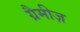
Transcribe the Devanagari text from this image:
ग्रैमीज़